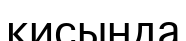
қисында